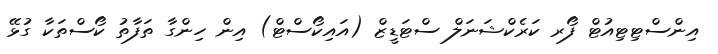
އިންސްޓިޓިއުޓް ފޯރ ކަރެކްޝަނަލް ސްޓަޑީޒް (އައިކޯސްޓް) އިން ހިންގާ ތަފާތު ކޯސްތަކާ ގުޅޭ